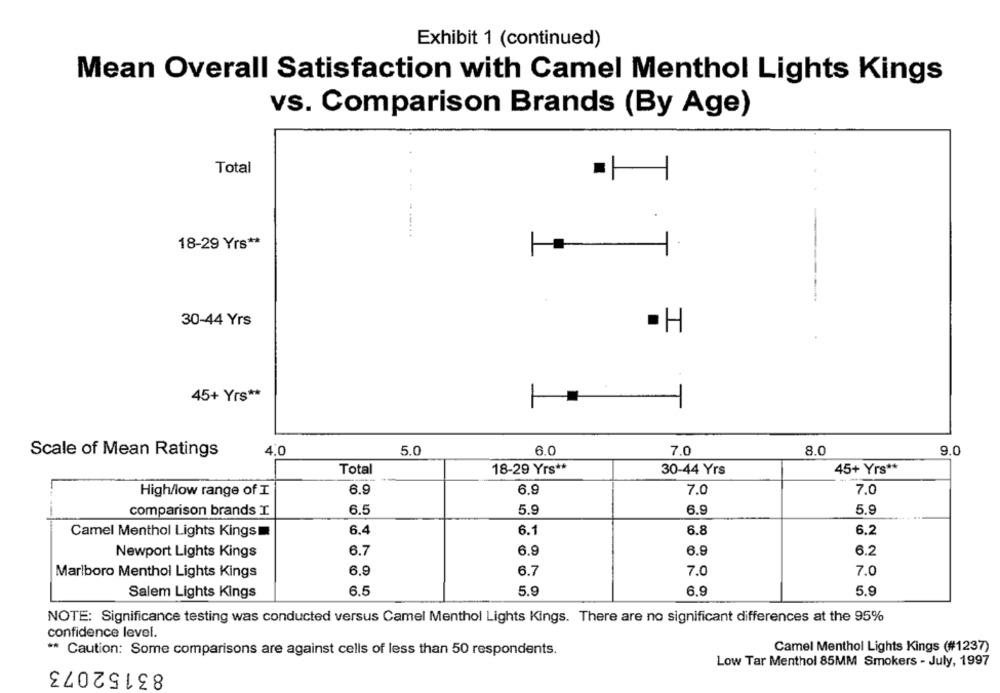
Exhibit 1 (continued)
Mean Overall Satisfaction with Camel Menthol Lights Kings
vs. Comparison Brands (By Age)
Total
---.. . +
18-29 Yrs **
30-44 Yrs
·H
45+ Yrs **
L
4.0
6.0
7.0
9.0
Scale of Mean Ratings
5.0
8.0
Total
18-29 Yrs **
30-44 Yrs
45+ Yrs **
6.9
6.9
7.0
7.0
High/low range of I
comparison brands I.
6.5
5.9
6.9
5.9
Camel Menthol Lights Kings
6.4
6.1
6.8
6.2
Newport Lights Kings
6.7
6.9
6.9
6.2
Marlboro Menthol Lights Kings
6.9
6.7
7.0
7.0
Salem Lights Kings
6.5
5.9
6.9
5.9
NOTE: Significance testing was conducted versus Camel Menthol Lights Kings. There are no significant differences at the 95%
confidence level.
Caution: Some comparisons are against cells of less than 50 respondents.
Camel Menthol Lights Kings (#1237)
83152073
Low Tar Menthol 85MM Smokers - July, 1997